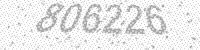
Solution: 806226